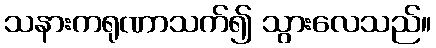
သနားကရုဏာသက်၍ သွားလေသည်။